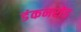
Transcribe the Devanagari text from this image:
डंकनरोड